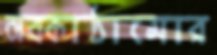
অবকাঠামোর